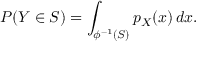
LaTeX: P ( Y \in S ) = \int _ { \phi ^ { - 1 } ( S ) } p _ { X } ( x ) \, d x .